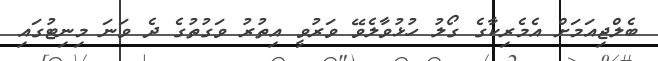
ބެލްޖިއަމަށް އެމެރިކާގެ ގޯލު ހުޅުވާލެވޭ ވަރުވީ އިތުރު ވަގުތުގެ ދެ ވަނަ މިނިޓުގައި